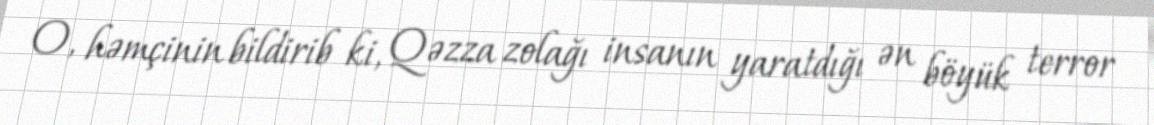
O, həmçinin bildirib ki, Qəzza zolağı insanın yaratdığı ən böyük terror